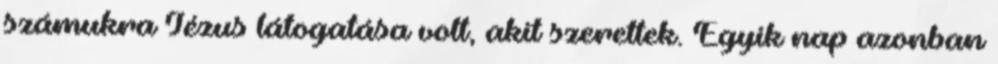
számukra Jézus látogatása volt, akit szerettek. Egyik nap azonban